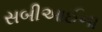
સબીઆઈના